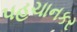
પહચાનકર